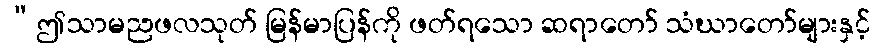
“ဤသာမညဖလသုတ် မြန်မာပြန်ကို ဖတ်ရသော ဆရာတော် သံဃာတော်များနှင့်